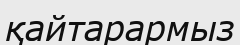
қайтарармыз